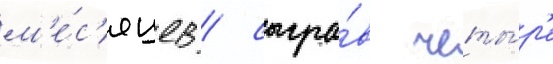
м'е́с'яцев / сыгра́в четы́р'е